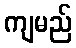
ကျမည်